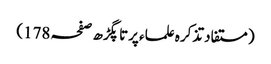
(مستفاد تذکرہ علماء پرتاپگڑھ صفحہ 178)